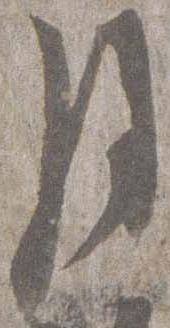
月